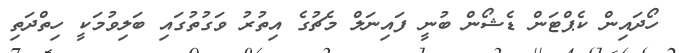
ހޯދައިން ކެޕްޓަން ޑެޝޯން ބުނީ ފައިނަލް މެޗުގެ އިތުރު ވަގުތުގައި ބަލިވުމަކީ ހިތްދަތި